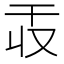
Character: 𫷕